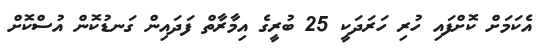
އެކަމަށް ކޮށްފައި ހުރި ހަރަދަކީ 25 ބުރީގެ އިމާރާތް ފަދައިން ގަނޑުކޮން އުސްކޮށް